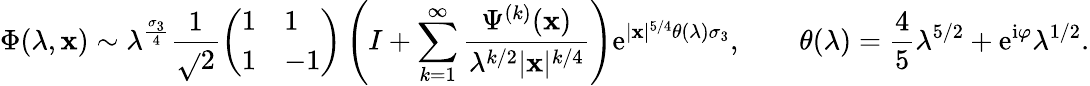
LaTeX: \Phi(\lambda,\mathbf{x})\sim\lambda^{\frac{{\sigma_{3}}}{{4}}}\frac{{1}}{{\sqrt{}{{2}}}}\left(\begin{array}{ll}{1}&{1}\\ {1}&{-1}\end{array}\right)\left(I+\sum_{k=1}^{\infty}\frac{{\Psi^{(k)}(\mathbf{x})}}{{\lambda^{k/2}|\mathbf{x}|^{k/4}}}\right)\mathrm{{e}}^{|\mathbf{x}|^{5/4}\theta(\lambda)\sigma_{3}},\qquad\theta(\lambda)=\frac{{4}}{{5}}\lambda^{5/2}+\mathrm{{e}}^{\mathrm{{i}}\varphi}\lambda^{1/2}.